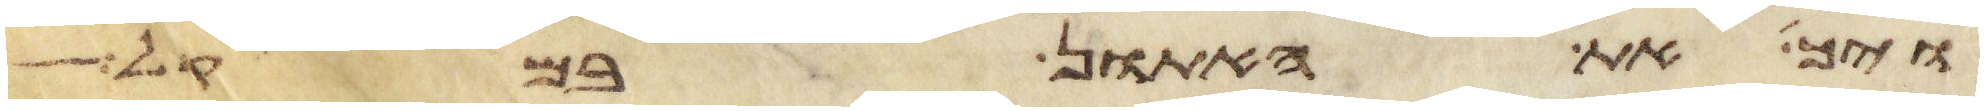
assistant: ויך את האתון במקל